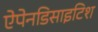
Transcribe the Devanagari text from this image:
ऐपेनडिसाइटिश